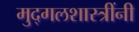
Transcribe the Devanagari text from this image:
मुद्गलशास्त्रींनी